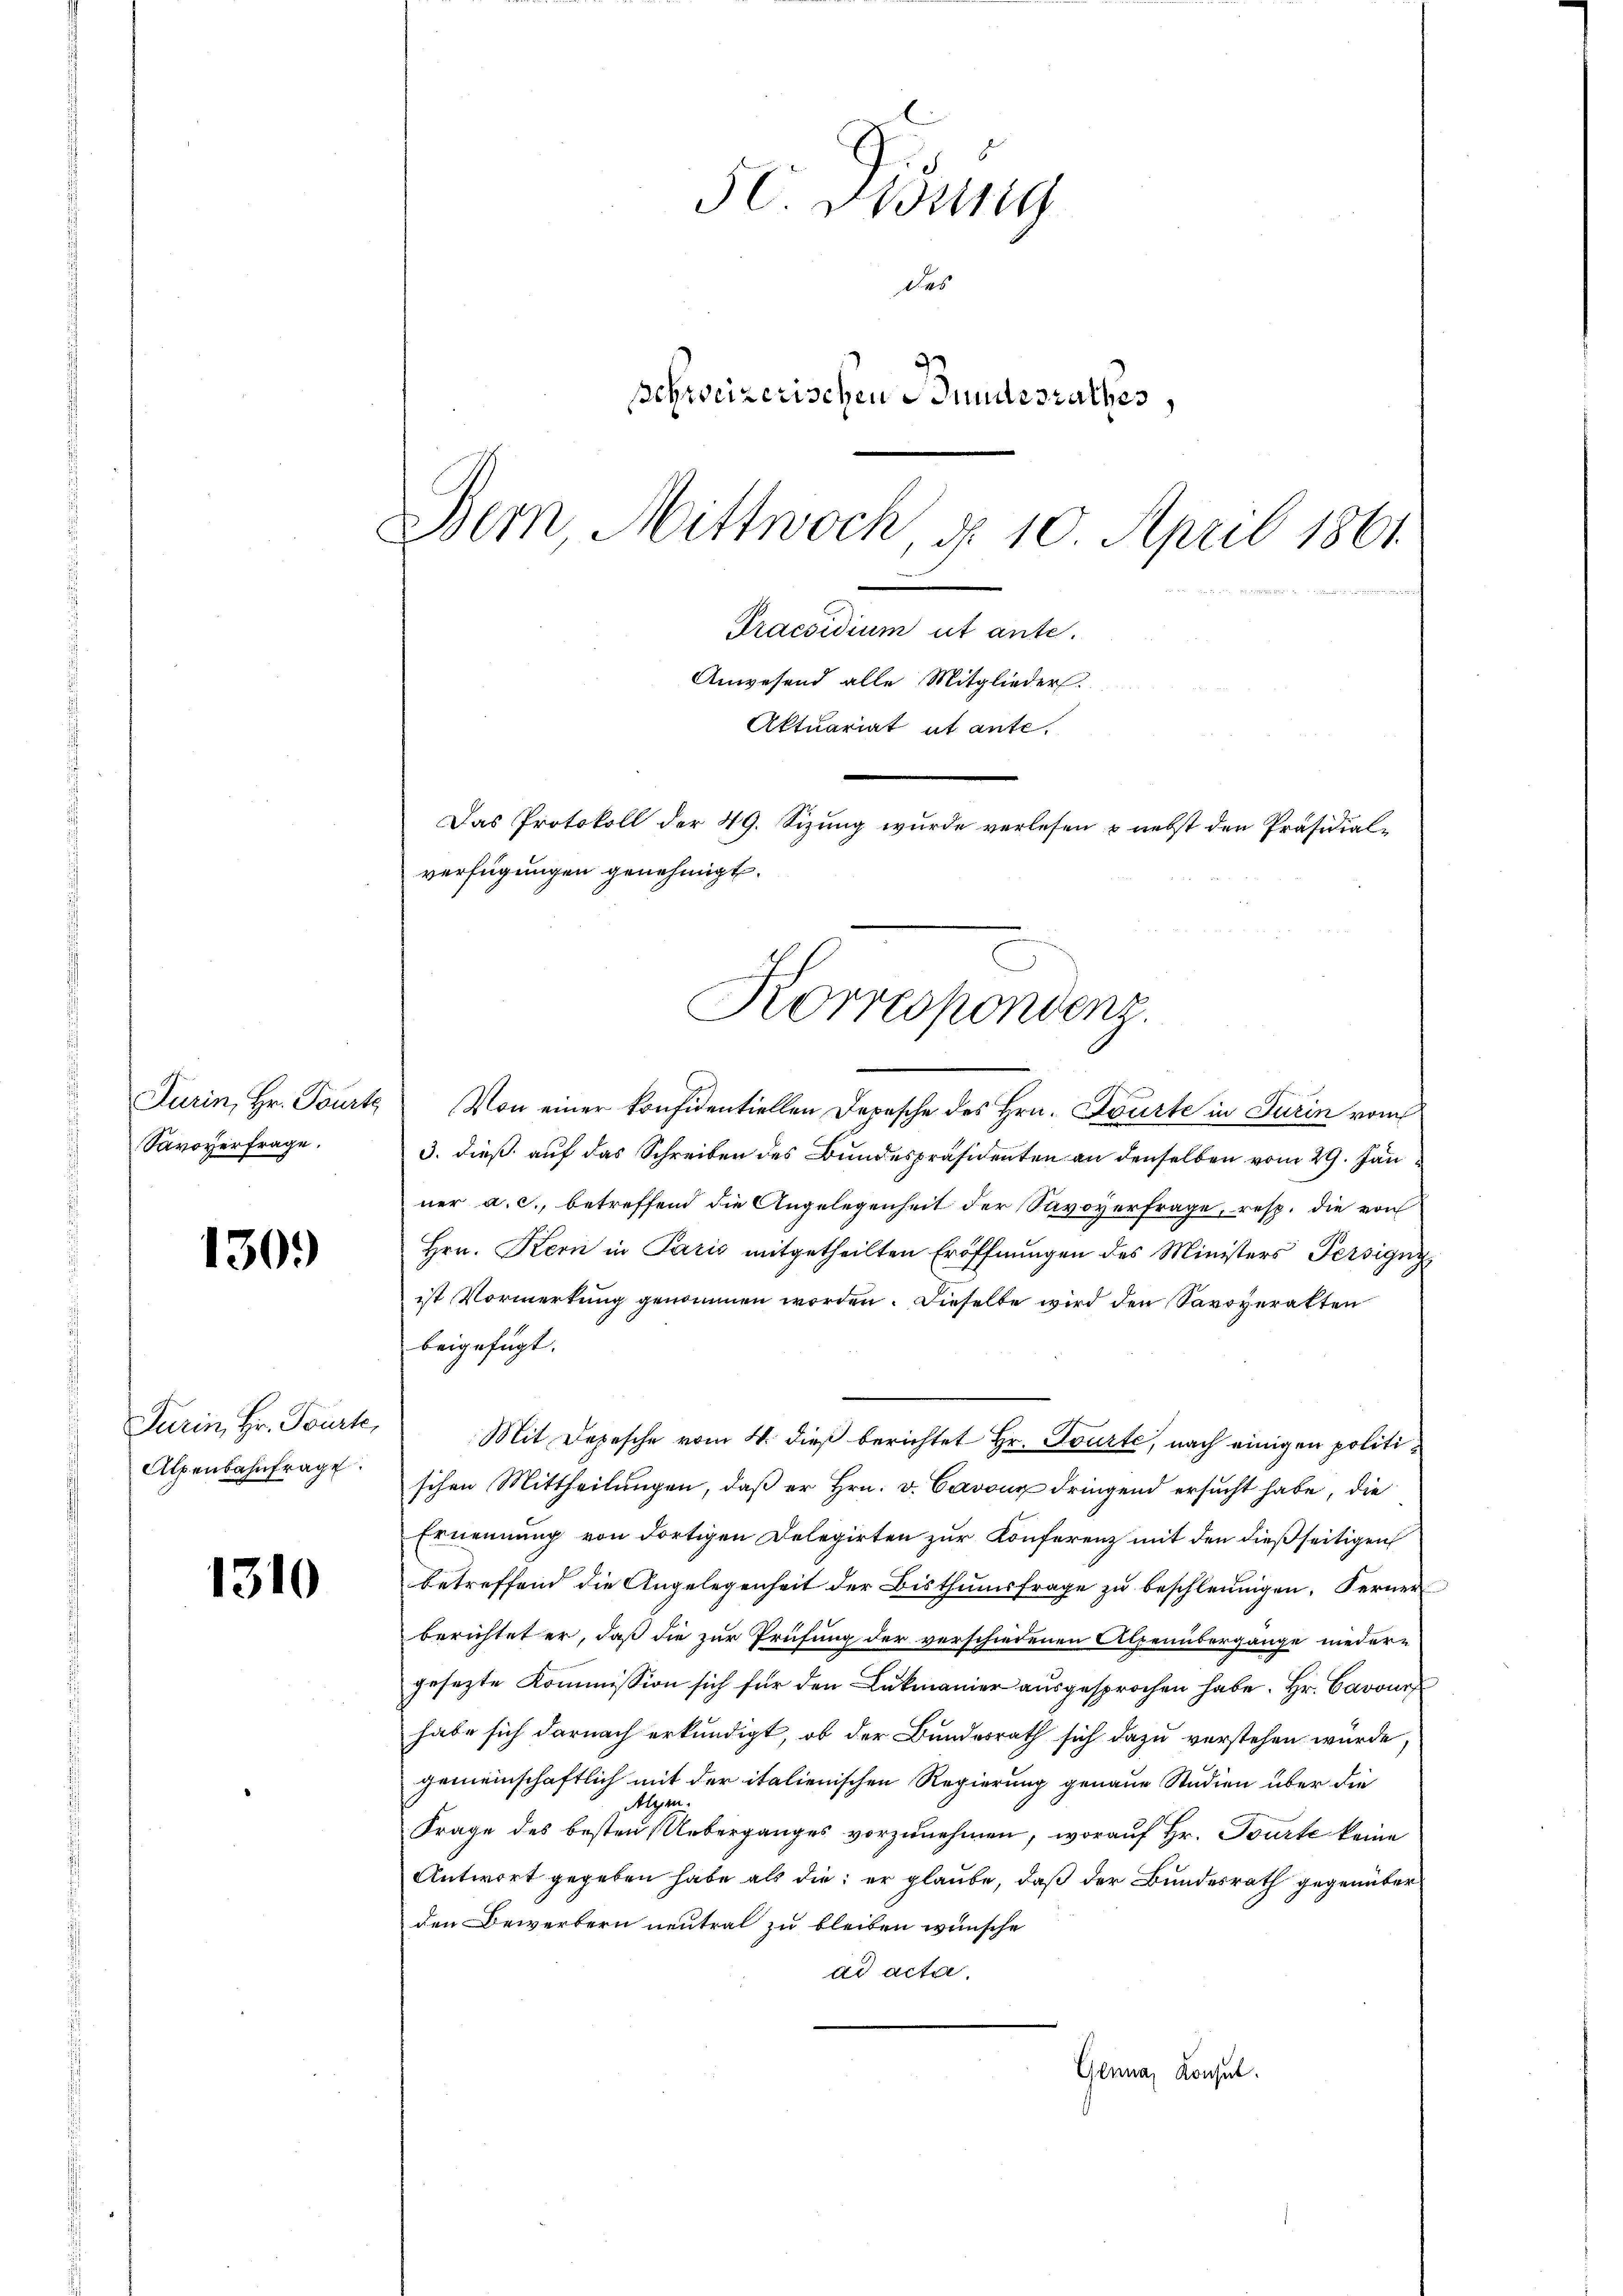
Savoyerfrage.

130.

Turin, Hr. Tourte,
Alpenbahnfrage

1310

50 Didung
des
Schweizerischen Bundesrathes,
Bern, Mittwoch, d. 10. April 1861
decanum et ent
Anwesend alle Mitglieder.
Aktuariat ut ante.
Das Protokoll der 49. Sizung wurde verlesen & nebst der Präsidialverfügungen genehmigt.

Turin, Hr. Tourte Von einer konfidentiellen Depesche des Hrn. Fourte in Turin vom
3. dieß auf das Schreiben des Bundespräsidenten an denselben vom 29. Jän
ner a. c., betreffend die Angelegenheit der Savoyerfrage, resp. die von
Hrn. Kern in Paris mitgetheilten Eröffnungen des Ministers Persigny
ist Vormerkung genommen worden. Dieselbe wird den Savoyerakten
beigefügt.
Mit Depesche vom 4. dieß berichtet Hr. Tourte, nach einigen politischen Mittheilungen, daß er Hrn. v. Cavoux dringend ersucht habe, die
Ernennung von dortigen Delegirten zur Konferenz mit den dießseitigen
betreffend die Angelegenheit der Bisthumsfrage zu beschleunigen. Ferner
berichtet er, daß die zur Prüfung der verschiedenen Alpenübergänge nieder-
gesezte Kommission sich für den Lukmanier ausgesprochen habe. Hr. Cavour
habe sich darnach erkundigt, ob der Bundesrath sich dazu verstehen würde.
gemeinschaftlich mit der italienischen Regierung genaue Studien über die
Algen.
Frage des besten Ueberganges vorzunehmen, worauf Hr. Tourte keine
Antwort gegeben habe als die er glaube, daß der Bundesrath gegenüber
den Bewerbern neutral zu bleiben wünsche
ad acter.
Genna, Konsul

Korrespondenz.